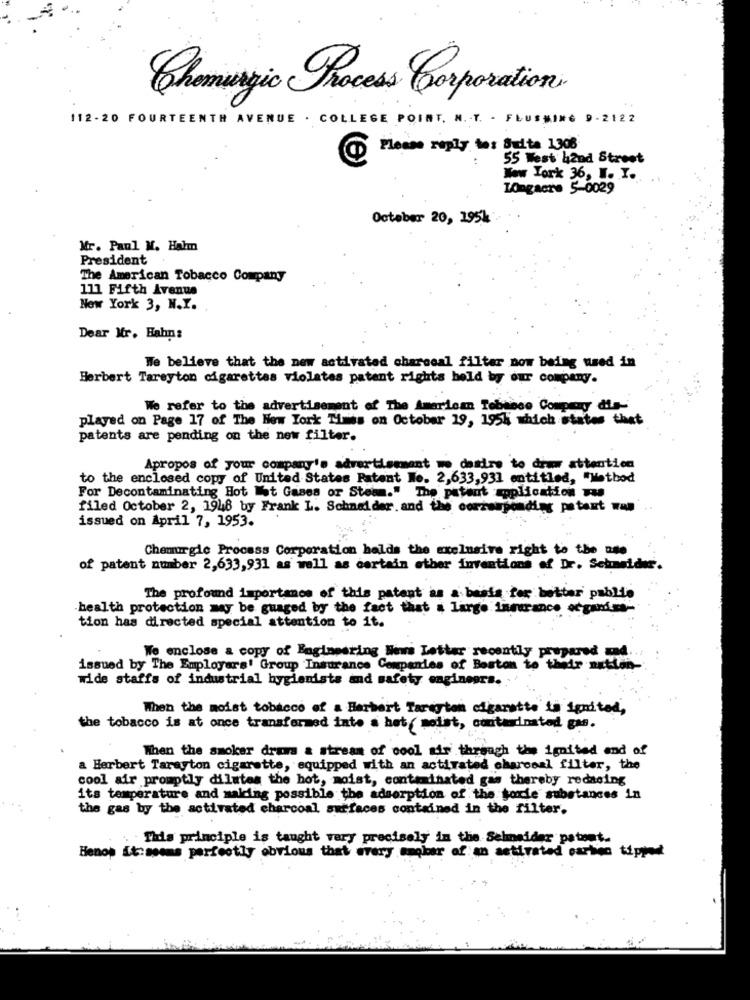
Chemagic Process Corporation
112-20 FOURTEENTH AVENUE . COLLEGE POINT. N. T. - FLUSMING 9-2122
Please reply to: Suite 1308
55 West h2nd Street
New York 36, W. I.
Longacre 5-0029
October 20, 195k
Mr. Paul M. Halm
President
The American Tobacco Company
111 Fifth Avenue
New York 3, N.Y.
Dear Mr. Hahn:
We believe that the new activated charcoal filtar now being used in
Herbert Tareyton cigarettes violates patent rights held by our company.
We refer to the advertisement of The American Tobacco Company dis-
played on Page 17 of The New York Times on October 19, 195k which states thet
patents are pending on the new filter.
Apropos of your company's advertisement no desire to draw attention
to the enclosed copy of United States Patent No. 2,633,931 entitled, "Method
For Decontaminating Hot Mot Gases or Steam." The patent application was
filed October 2, 1948 by Frank L. Schneider. and the corresponding patent wan
issued on April 7, 1953.
Chemurgic Process Corporation halds the exclusive right to the use
of patent number 2,633,931 as well as certain other inventions of Dr. Schneider.
The profound importance of this patent as a basis for better publie
health protection may be guaged by the fact that a large Insurance organiss-
tion has directed special attention to it.
Wo enclose a copy of Engineering News Letter recently prepared und ..
issued by The Employers' Group Insurance Companies of Boston to their nation
wide staffs of industrial hygienists and safety engineers.
When the moist tobacco of a Harbort Taregion cigarette to ignited,
the tobacco is at once transformed into a het, meist, contaminated gas.
Then the smoker draws & stream of cool air through the ignited end of
a Herbert Tarayton cigarette, equipped with an activated charcoal filter, the
cool air promptly dilutes the hot, moist, contaminated gas thereby redacing
its temperature and making possible the adsorption of the torie substances in
the gas by the activated charcoal surfaces contained in the filter.
This principle is taught vary precisely in the Schneider patent.
Henop it:seems perfectly obvious that every smoker of an activated carbien tipped